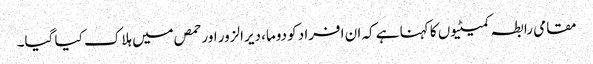
مقامی رابطہ کمیٹیوں کا کہنا ہے کہ ان افراد کو دوما، دیرالزور اور حمص میں ہلاک کیا گیا۔